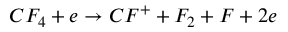
C F _ { 4 } + e \rightarrow C F ^ { + } + F _ { 2 } + F + 2 e